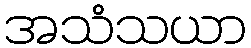
အသံသယာ